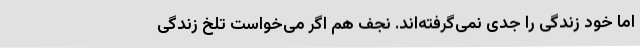
اما خود زندگی را جدی نمی‌گرفته‌اند. نجف هم اگر می‌خواست تلخ زندگی